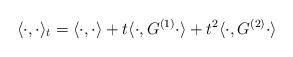
LaTeX: \begin{align*} \langle \cdot , \cdot \rangle_{t} = \langle \cdot , \cdot \rangle+ t\langle \cdot , G^{(1)}\cdot \rangle+t^{2}\langle \cdot , G^{(2)}\cdot \rangle\end{align*}